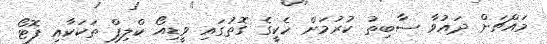
މައްޗަށް ދައުވާ ސާބިތު ކުރުމަށް ހެކީގެ ގޮތުގައި ވީޑިއޯ ކްލިޕް ތަކަކާއި ފޮޓޯ